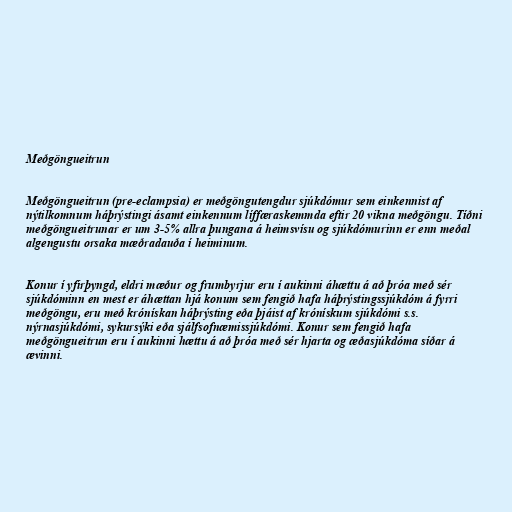
Meðgöngueitrun

Meðgöngueitrun (pre-eclampsia) er meðgöngutengdur sjúkdómur sem einkennist af
nýtilkomnum háþrýstingi ásamt einkennum líffæraskemmda eftir 20 vikna meðgöngu. Tíðni
meðgöngueitrunar er um 3-5% allra þungana á heimsvísu og sjúkdómurinn er enn meðal
algengustu orsaka mæðradauða í heiminum.

Konur í yfirþyngd, eldri mæður og frumbyrjur eru í aukinni áhættu á að þróa með sér
sjúkdóminn en mest er áhættan hjá konum sem fengið hafa háþrýstingssjúkdóm á fyrri
meðgöngu, eru með krónískan háþrýsting eða þjáist af krónískum sjúkdómi s.s.
nýrnasjúkdómi, sykursýki eða sjálfsofnæmissjúkdómi. Konur sem fengið hafa
meðgöngueitrun eru í aukinni hættu á að þróa með sér hjarta og æðasjúkdóma síðar á
ævinni.